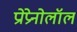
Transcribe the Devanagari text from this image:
प्रोप्रेनोलॉल